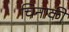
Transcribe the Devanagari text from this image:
चिनाकी